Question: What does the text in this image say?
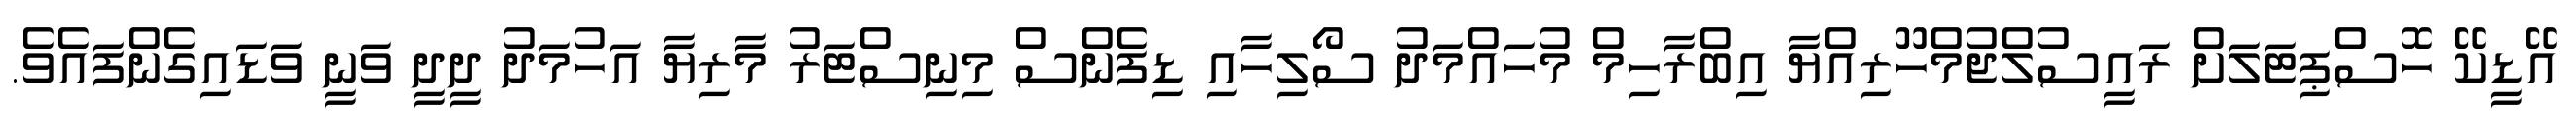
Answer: އޭޑީކޭ ހޮސްޕިޓަލަށް ރައީސުލްޖުމްހޫރިއްޔާ އިބްރާހިމް މުހައްމަދު ސޯލިހާއި ޑިފެންސް މިނިސްޓަރު މާރިޔާ އަހުމަދު ދީދީ ވަނީ ވަޑައިގެންފައެވެ.